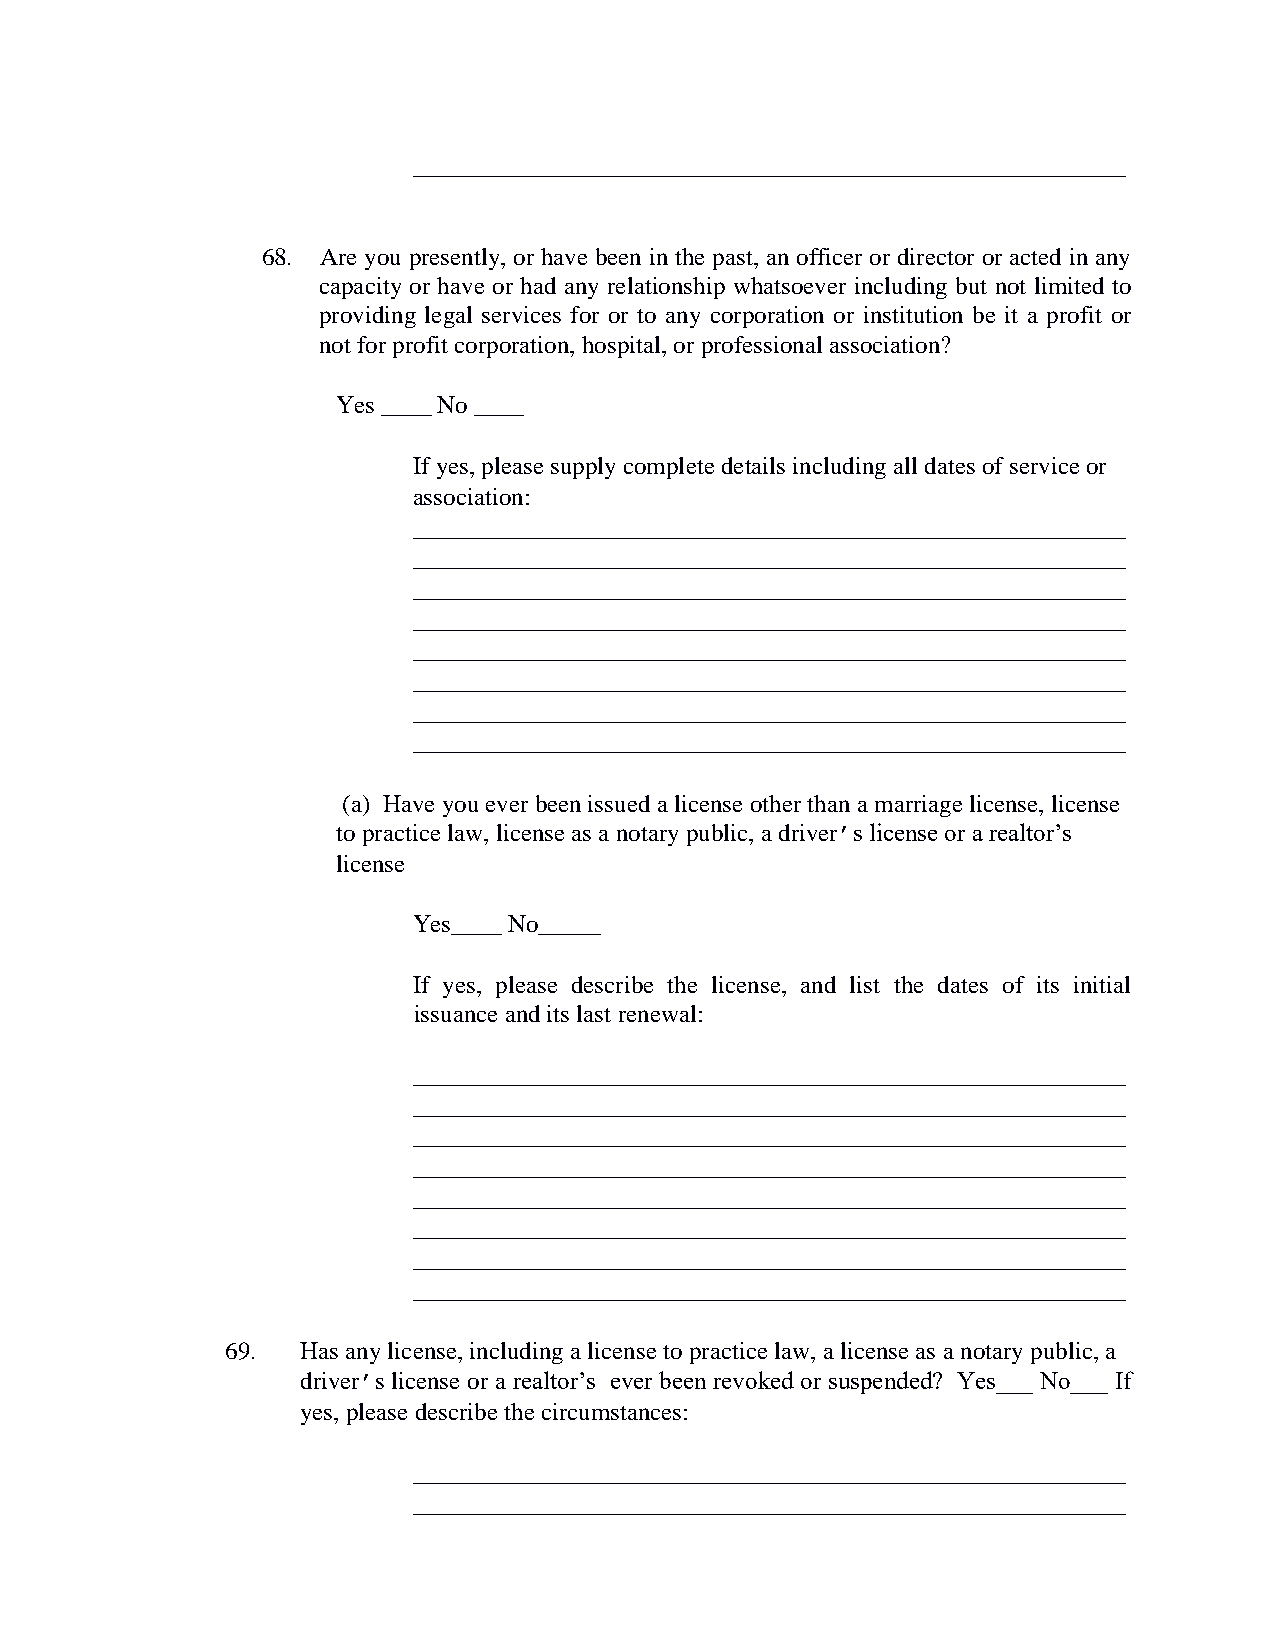
_________________________________________________________
 68. Are you presently, or have been in the past, an officer or director or acted in any
 capacity or have or had any relationship whatsoever including but not limited to
 providing legal services for or to any corporation or institution be it a profit or
 not for profit corporation, hospital, or professional association?
 Yes ____ No ____
 If yes, please supply complete details including all dates of service or
 association:
 _________________________________________________________
 _________________________________________________________
 _________________________________________________________
 _________________________________________________________
 _________________________________________________________
 _________________________________________________________
 _________________________________________________________
 _________________________________________________________
 (a) Have you ever been issued a license other than a marriage license, license
 to practice law, license as a notary public, a driver’s license or a realtor’s
 license
 Yes____ No_____
 If yes, please describe the license, and list the dates of its initial
 issuance and its last renewal:
 _________________________________________________________
 _________________________________________________________
 _________________________________________________________
 _________________________________________________________
 _________________________________________________________
 _________________________________________________________
 _________________________________________________________
 _________________________________________________________
 69.  Has any license, including a license to practice law, a license as a notary public, a
 driver’s license or a realtor’s ever been revoked or suspended? Yes___ No___ If
 yes, please describe the circumstances:
 _________________________________________________________
 _________________________________________________________